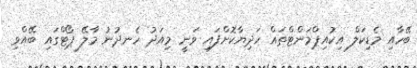
ބޭހާއި މެޑިކަލް އިކުއިޕްމަންޓްތައް ހަދިޔާކޮށްފައި ވަނީ މިއަދު ހެނދުނު މާލޭ ޕޯޓްގައި ބޭއްވި